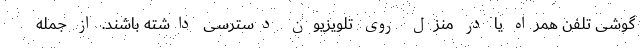
گوشی تلفن همراه یا در منزل روی تلویزیون دسترسی داشته باشند. از جمله